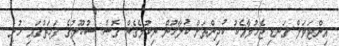
އިންޓަވަލް ގަނޑި ޖެހުމާއެކު ކުދިންތަށް ކުލާހުން ނިކުމެގެން ގޮސް ސުކޫލުގެ ފަހަތުގައި ހުރި